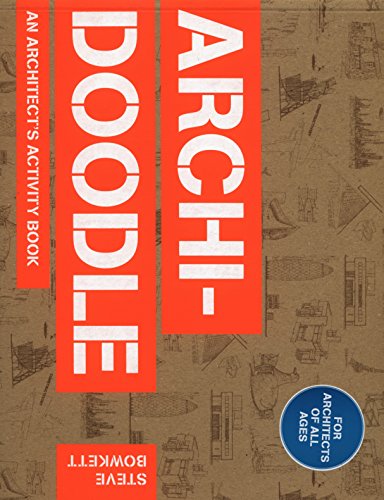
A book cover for Archidoodle: The Architect's Activity Book; Steve Bowkett; Arts & Photography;